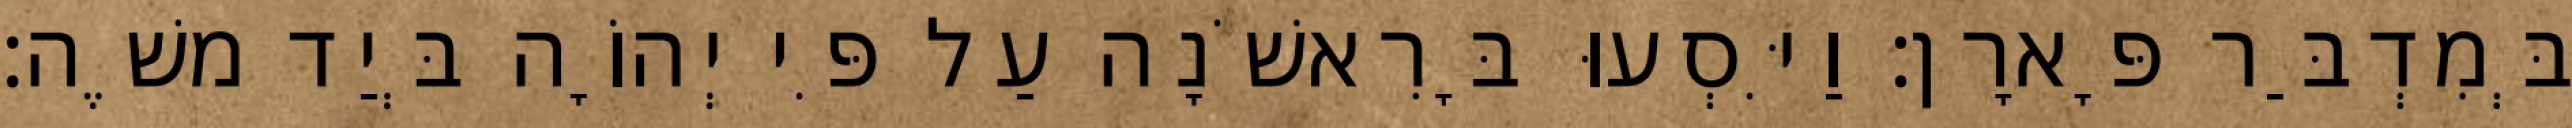
בְּמִדְבַּר פָּארָן׃ וַיִּסְעוּ בָּרִאשֹׁנָה עַל פִּי יְהוָֹה בְּיַד משֶׁה׃